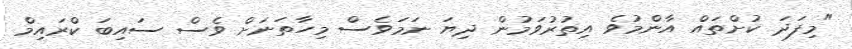
"މިފަދަ ކުށްތައް އާންމުވެ އިތުރުވަމުން ދިޔަ ނަމަވެސް މިހާތަނަށް ވެސް ސައިބަ ކްރައިމް